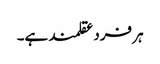
ہر فرد عقلمند ہے۔